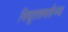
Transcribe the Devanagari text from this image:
विद्युतशक्तीच्या